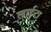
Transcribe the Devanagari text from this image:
लाईटा